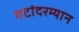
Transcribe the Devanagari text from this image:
गटांदरम्यान